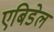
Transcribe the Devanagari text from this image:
एबिडेल